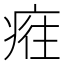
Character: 𤷮